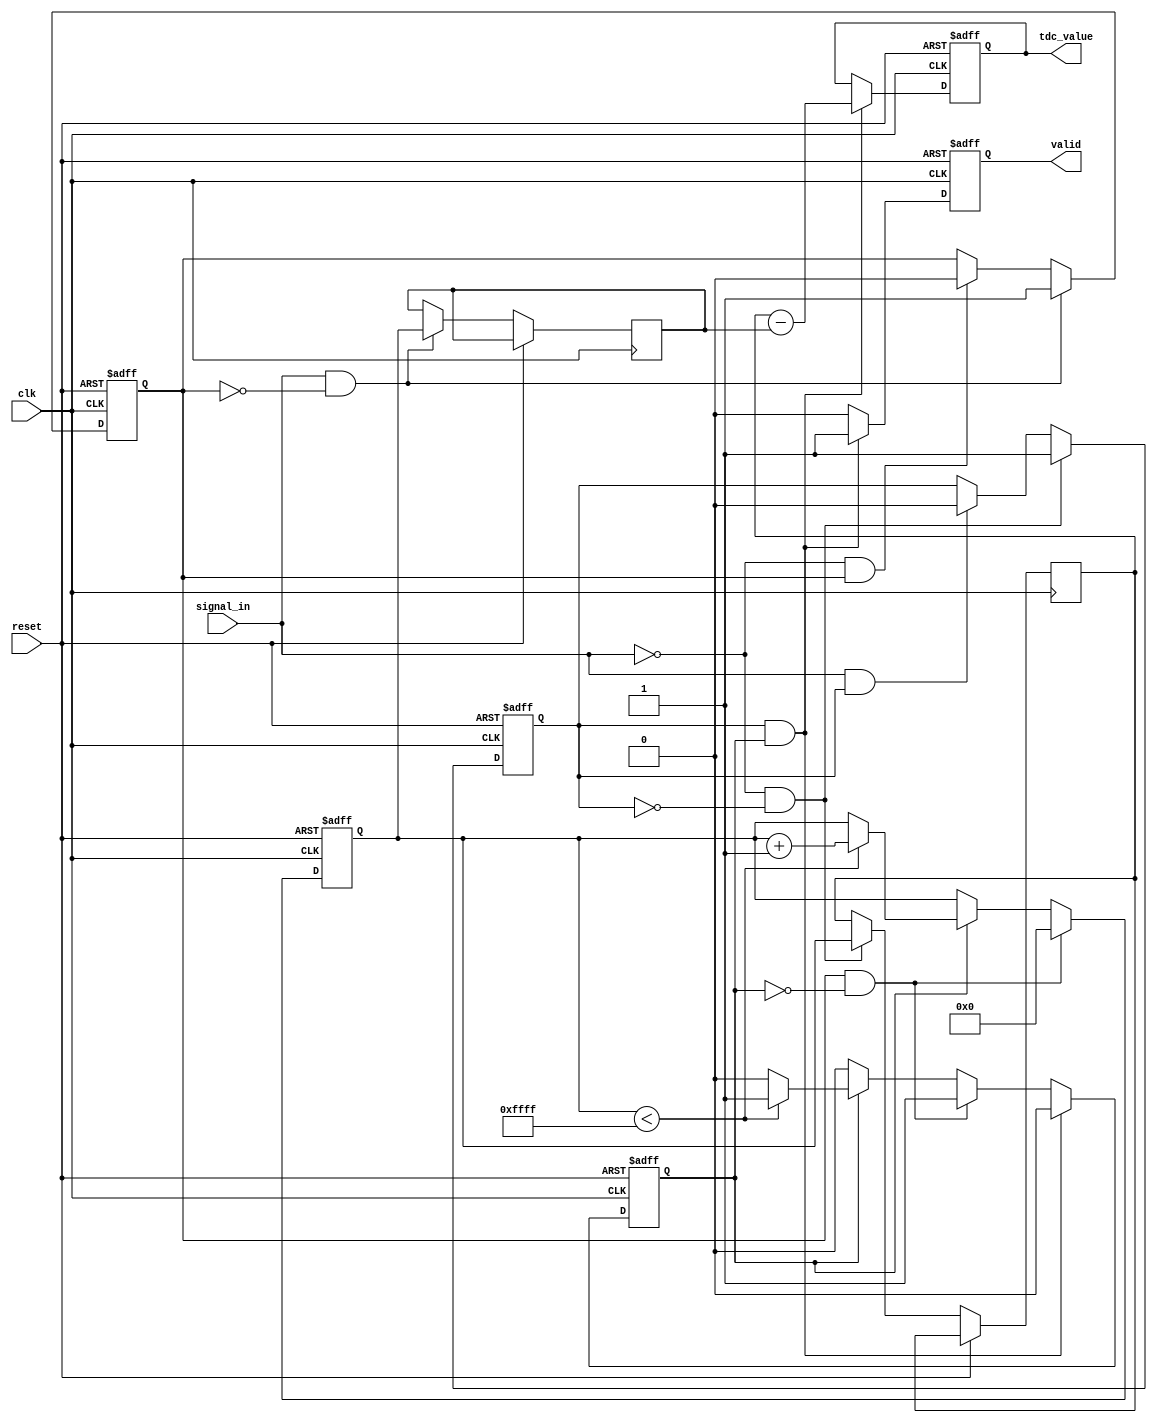
module TDC (
    input wire clk,               // High-frequency clock
    input wire reset,             // Asynchronous reset
    input wire signal_in,         // Input signal to measure
    output reg [15:0] tdc_value,  // Digital output value
    output reg valid              // Output valid signal
);

    // Parameters
    parameter CLOCK_FREQ = 100;   // Clock frequency in MHz
    parameter MAX_COUNT = 16'hFFFF; // Maximum count value

    // Internal signals
    reg [15:0] counter;            // Time counter
    reg start_event;               // Start event flag
    reg stop_event;                // Stop event flag
    reg measuring;                 // Measuring state
    reg [15:0] start_time;         // Start time capture
    reg [15:0] stop_time;          // Stop time capture

    // Edge detection for start and stop events
    always @(posedge clk or posedge reset) begin
        if (reset) begin
            start_event <= 0;
            stop_event <= 0;
        end else begin
            // Detect rising edge for start event
            if (signal_in && !start_event) begin
                start_event <= 1;
                start_time <= counter; // Capture start time
            end else if (!signal_in && start_event) begin
                start_event <= 0;
            end
            
            // Detect falling edge for stop event
            if (!signal_in && !stop_event) begin
                stop_event <= 1;
                stop_time <= counter; // Capture stop time
            end else if (signal_in && stop_event) begin
                stop_event <= 0;
            end
        end
    end

    // Time measurement unit
    always @(posedge clk or posedge reset) begin
        if (reset) begin
            counter <= 0;
            measuring <= 0;
            tdc_value <= 0;
            valid <= 0;
        end else begin
            if (measuring) begin
                if (counter < MAX_COUNT) begin
                    counter <= counter + 1; // Increment counter
                end else begin
                    measuring <= 0; // Stop measuring when max count reached
                end
            end
            
            // Start measuring on start event
            if (start_event && !measuring) begin
                measuring <= 1;
                counter <= 0; // Reset counter
            end
            
            // Stop measuring on stop event
            if (stop_event && measuring) begin
                measuring <= 0;
                tdc_value <= stop_time - start_time; // Calculate time interval
                valid <= 1; // Set valid output
            end else begin
                valid <= 0; // Clear valid if not measuring
            end
        end
    end

endmodule